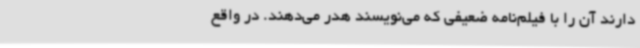
دارند آن را با فیلم‌نامه ضعیفی که می‌نویسند هدر می‌دهند. در واقع